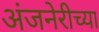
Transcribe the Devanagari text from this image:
अंजनेरीच्या